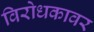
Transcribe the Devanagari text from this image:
विरोधकावर